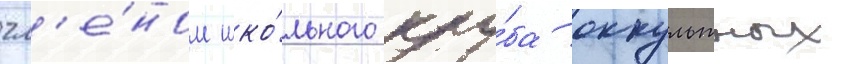
чл'е́ном шко́льного клу́ба оккультных